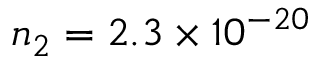
n _ { 2 } = 2 . 3 \times 1 0 ^ { - 2 0 }